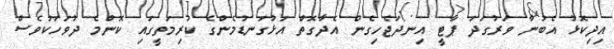
އިދިކޮޅު އެބުނާ ވަރުގަދަ ޕާޓީ އިނދަޖެހިގެން އެދާގޮތް އަޅުގަނޑުމެންގެ ކުރިމަތީގައި ކޮންމެ ދުވަހަކުވެސް